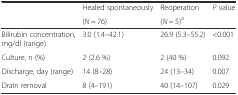
<table><thead><tr><td rowspan="2"></td><td><b>Healed spontaneously</b></td><td><b>Reoperation</b></td><td rowspan="2"><b><i>P</i> value</b></td></tr><tr><td><b>(<i>N</i> = 76)</b></td><td><b>(<i>N</i> = 5)<sup>a</sup></b></td></tr></thead><tbody><tr><td>Bilirubin concentration, mg/dl (range)</td><td>3.0 (1.4–42.1)</td><td>26.9 (5.3–55.2)</td><td>&lt;0.001</td></tr><tr><td>Culture, n (%)</td><td>2 (2.6 %)</td><td>2 (40 %)</td><td>0.092</td></tr><tr><td>Discharge, day (range)</td><td>14 (8–28)</td><td>24 (13–34)</td><td>0.007</td></tr><tr><td>Drain removal</td><td>8 (4–191)</td><td>40 (14–107)</td><td>0.029</td></tr></tbody></table>